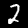
Label: 2